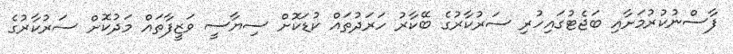
ފާސްނުކުރުމަށާއި ބަޖެޓުގައިހުރި ސަރުކާރުގެ ބޭކާރު ހަރަދުތައް ކުޑަކޮށް ސިޔާސީ ވަޒީފާތައް މަދުކޮށް ސަރުކާރުގެ